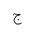
Letter: _gim